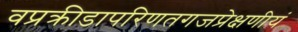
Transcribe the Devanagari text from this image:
वप्रक्रीडापरिणतगजप्रेक्षणीयं